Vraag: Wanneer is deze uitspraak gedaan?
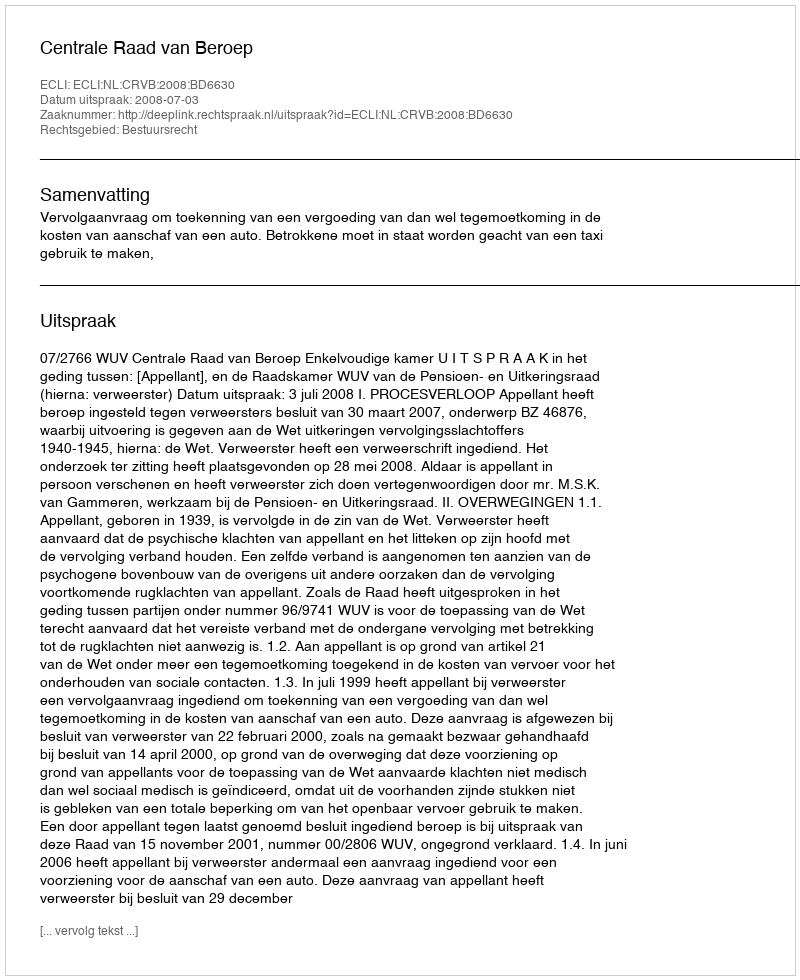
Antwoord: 2008-07-03